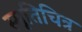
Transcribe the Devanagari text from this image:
स्मृतिचित्र